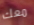
معك